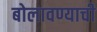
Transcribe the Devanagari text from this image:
बोलावण्याची